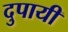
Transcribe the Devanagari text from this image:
दुपायी